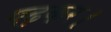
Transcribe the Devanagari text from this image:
पढ़कर।